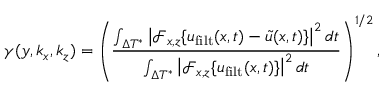
\gamma ( y , k _ { x } , k _ { z } ) = \left( \frac { \int _ { \Delta T ^ { * } } \left| \mathscr { F } _ { x , z } \{ \boldsymbol { u } _ { \mathrm { f i l t } } ( \boldsymbol { x } , t ) - \boldsymbol { \tilde { u } } ( \boldsymbol { x } , t ) \} \right| ^ { 2 } d t } { \int _ { \Delta T ^ { * } } \left| \mathscr { F } _ { x , z } \{ \boldsymbol { u } _ { \mathrm { f i l t } } ( \boldsymbol { x } , t ) \} \right| ^ { 2 } d t } \right) ^ { 1 / 2 } ,